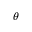
\theta